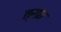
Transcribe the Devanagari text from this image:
त्रांत